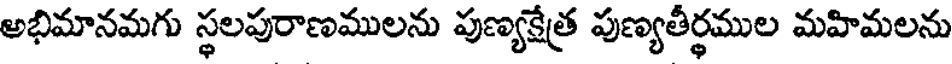
అభిమానమగు స్థలపురాణములను పుణ్యక్షేత్ర పుణ్యతీర్థముల మహిమలను